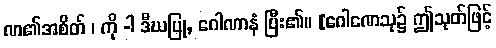
ဏ၏အစိတ် ၊ ကို -ါ ဒီဃပြု, ဂေါဏာနံ ပြီး၏။ [ဂေါဏေသု၌ ဤသုတ်ဖြင့်